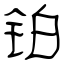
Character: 铂